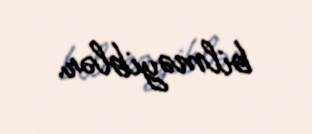
bilməyiblər.